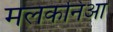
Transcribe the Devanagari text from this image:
मलकनिआ